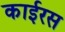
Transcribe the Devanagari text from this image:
काईरस